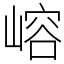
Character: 嵱